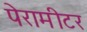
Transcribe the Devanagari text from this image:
पेरामीटर